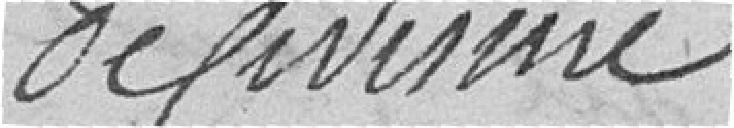
de civisme